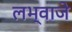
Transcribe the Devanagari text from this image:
लभ्वाजे